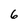
Character: 6